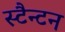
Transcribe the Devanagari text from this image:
स्टैन्टन